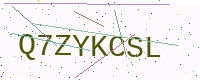
Text: Q7ZYKCSL